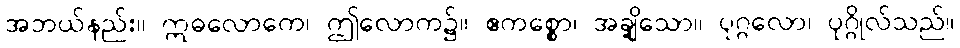
အဘယ်နည်း။ ဣဓလောကေ၊ ဤလောက၌။ ဧကစ္စော၊ အချို့သော။ ပုဂ္ဂလော၊ ပုဂ္ဂိုလ်သည်။